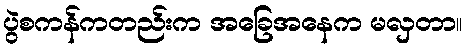
ပွဲစကန်ကတည်းက အခြေအနေက မလှတာ။